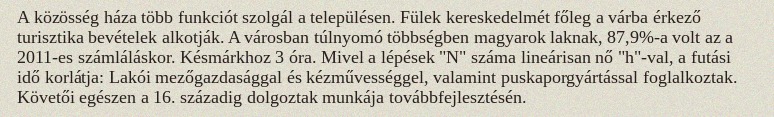
A közösség háza több funkciót szolgál a településen. Fülek kereskedelmét főleg a várba érkező turisztika bevételek alkotják. A városban túlnyomó többségben magyarok laknak, 87,9%-a volt az a 2011-es számláláskor. Késmárkhoz 3 óra. Mivel a lépések "N" száma lineárisan nő "h"-val, a futási idő korlátja: Lakói mezőgazdasággal és kézművességgel, valamint puskaporgyártással foglalkoztak. Követői egészen a 16. századig dolgoztak munkája továbbfejlesztésén.